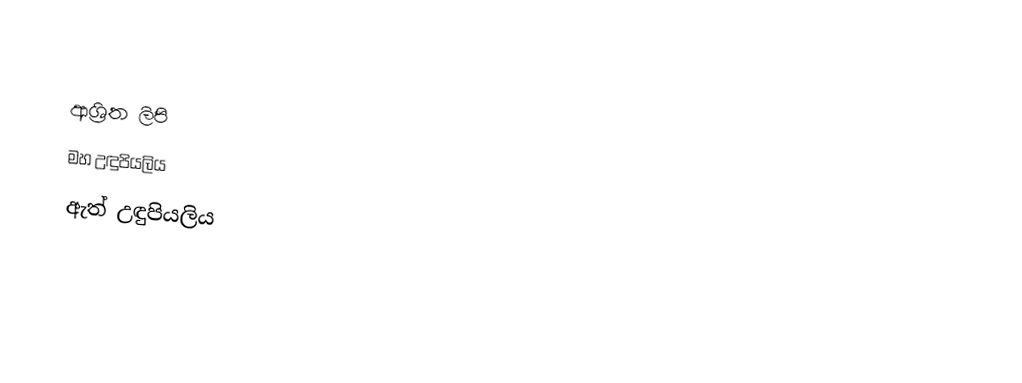

ආශ්‍රිත ලිපි
 මහ උඳුපියලිය
 ඇත් උඳුපියලිය